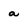
Character: a